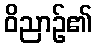
ဝိညာဉ်၏